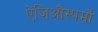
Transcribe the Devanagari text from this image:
ऐंजिऔस्पर्मों